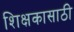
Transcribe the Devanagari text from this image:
शिक्षकासाठी